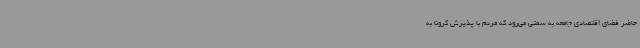
حاضر فضای اقتصادی جامعه به سمتی می‌رود که مردم با پذیرش کرونا به